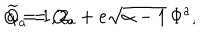
{ \widetilde Q _ { a } } = Q _ { a } + e \sqrt { \alpha - 1 } \, \Phi ^ { a } , \hspace { 1 i n } a = 1 , 2 ,